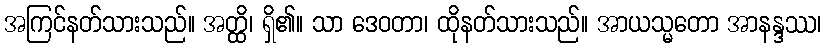
အကြင်နတ်သားသည်။ အတ္ထိ၊ ရှိ၏။ သာ ဒေဝတာ၊ ထိုနတ်သားသည်။ အာယသ္မတော အာနန္ဒဿ၊